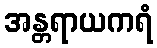
အန္တရာယကရံ